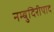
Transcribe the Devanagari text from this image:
नम्बुदिरीपाद